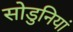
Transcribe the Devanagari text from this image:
सोडुनियां